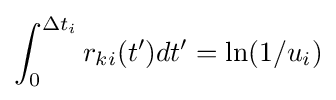
\int _{0}^{\Delta t_{i}}r_{ki}(t')dt'=\ln(1/u_{i})